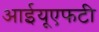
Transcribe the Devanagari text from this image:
आईयूएफटी